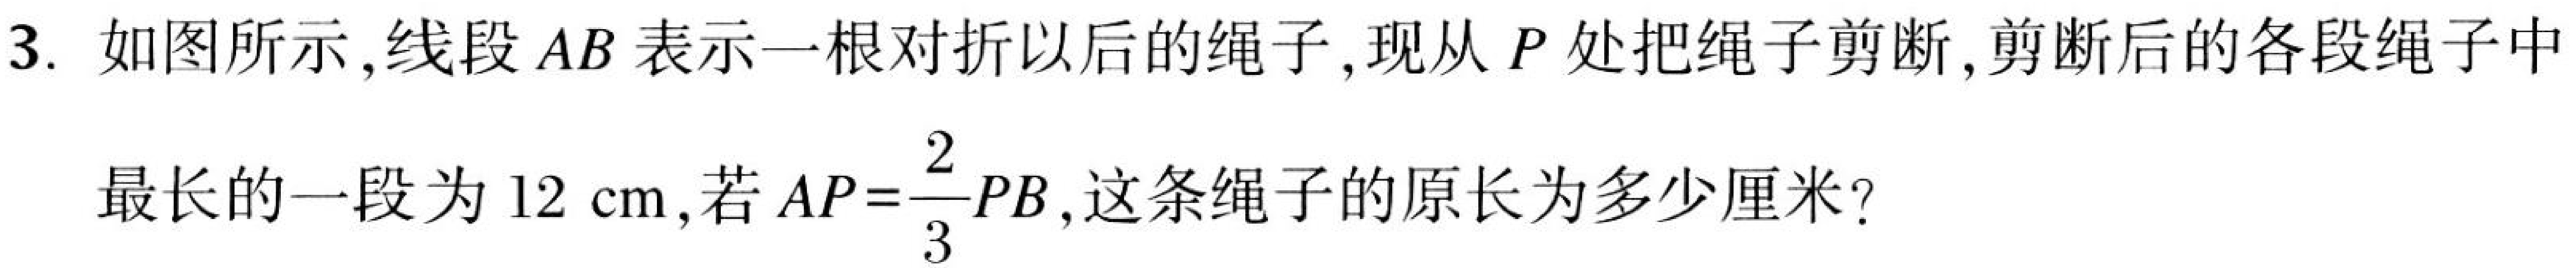
3. 如图所示，线段\(AB\)表示一根对折以后的绳子，现从\(P\)处把绳子剪断，剪断后的各段绳子中
最长的一段为\(12\mathrm{cm}\)，若\(AP = \dfrac{2}{3}PB\)，这条绳子的原长为多少厘米？